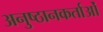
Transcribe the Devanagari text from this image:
अनुष्ठानकर्ताओं